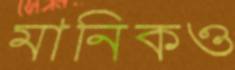
মানিকও